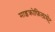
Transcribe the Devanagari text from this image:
माइक्रोफिलामेंट